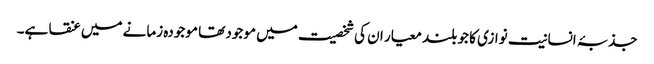
جذبۂ انسانیت نوازی کا جو بلند معیار ان کی شخصیت میں موجود تھا موجودہ زمانے میں عنقا ہے۔